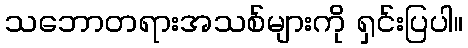
သဘောတရားအသစ်များကို ရှင်းပြပါ။